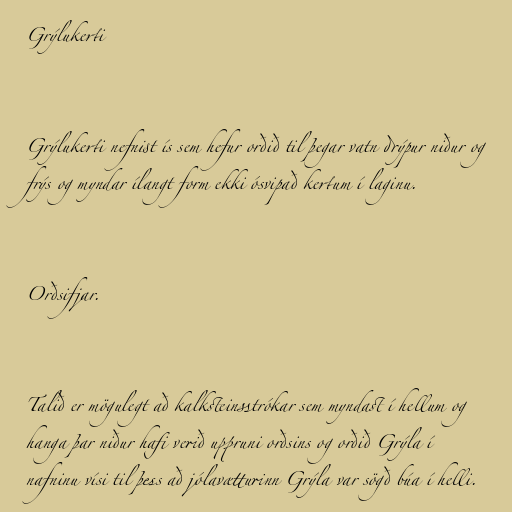
Grýlukerti

Grýlukerti nefnist ís sem hefur orðið til þegar vatn drýpur niður og
frýs og myndar ílangt form ekki ósvipað kertum í laginu.

Orðsifjar.

Talið er mögulegt að kalksteinsstrókar sem myndast í hellum og
hanga þar niður hafi verið uppruni orðsins og orðið Grýla í
nafninu vísi til þess að jólavætturinn Grýla var sögð búa í helli.